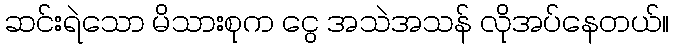
ဆင်းရဲသော မိသားစုက ငွေ အသဲအသန် လိုအပ်နေတယ်။